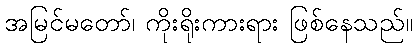
အမြင်မတော်၊ ကိုးရိုးကားရား ဖြစ်နေသည်။